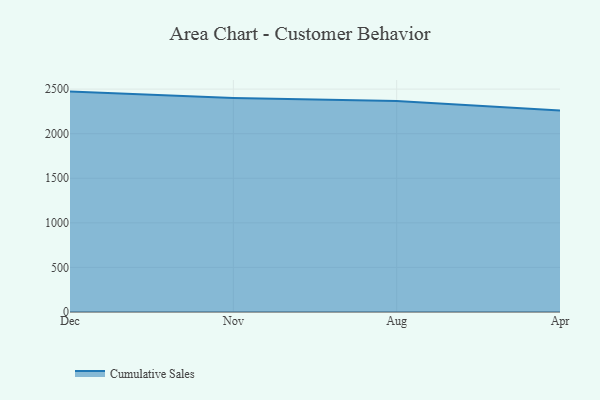
{"axis": {"x": "Month", "y": "Satisfaction Score"}, "legend": ["Cumulative Sales"], "data": [{"x": "Dec", "y": 2471.9, "type": "Cumulative Sales"}, {"x": "Nov", "y": 2400.2, "type": "Cumulative Sales"}, {"x": "Aug", "y": 2366.5, "type": "Cumulative Sales"}, {"x": "Apr", "y": 2260.2, "type": "Cumulative Sales"}]}